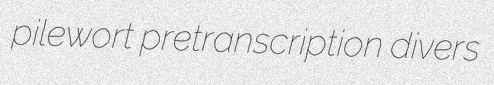
pilewort pretranscription divers